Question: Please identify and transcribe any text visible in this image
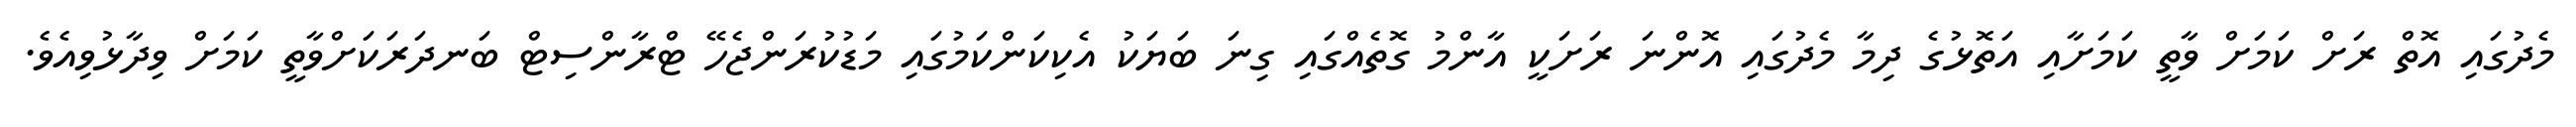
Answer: މެދުގައި އޮތް ރަށް ކަމަށް ވާތީ ކަމަށާއި އަތޮޅުގެ ދިމާ މެދުގައި އޮންނަ ރަށަކީ އާންމު ގޮތެއްގައި ގިނަ ބަޔަކު އެކިކަންކަމުގައި މަޑުކުރަންޖެހޭ ޓްރާންސިޓް ބަނދަރަކަށްވާތީ ކަމަށް ވިދާޅުވިއެވެ.